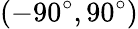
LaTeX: (-90^{\circ},90^{\circ})